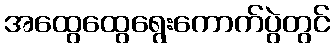
အထွေထွေရွေးကောက်ပွဲတွင်